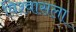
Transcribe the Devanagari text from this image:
विश्वासला